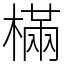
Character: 樠